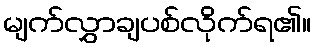
မျက်လွှာချပစ်လိုက်ရ၏။